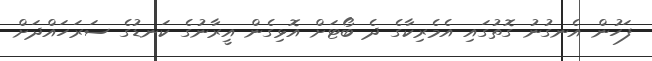
ފަހުން އެނގުނު ގޮތުގައި އެމެރިކާގެ ދެ ބޯޓަށް އޮޅިގެން އީރާނުގެ ކަނޑުގެ ސަރަހައްދަށް